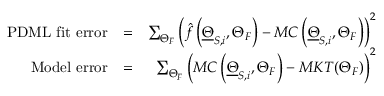
\begin{array} { r l r } { \mathrm { P D M L ~ f i t ~ e r r o r } } & { = } & { \sum _ { \Theta _ { F } } \left( \hat { f } \left( \underline { { \Theta } } _ { S , i } , \Theta _ { F } \right) - M C \left( \underline { { \Theta } } _ { S , i } , \Theta _ { F } \right) \right) ^ { 2 } } \\ { \mathrm { M o d e l ~ e r r o r } } & { = } & { \sum _ { \Theta _ { F } } \left( M C \left( \underline { { \Theta } } _ { S , i } , \Theta _ { F } \right) - M K T ( \Theta _ { F } ) \right) ^ { 2 } } \end{array}